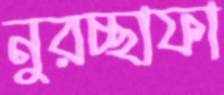
নুরচ্ছাফা